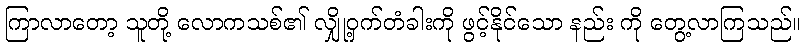
ကြာလာတော့ သူတို့ လောကသစ်၏ လျှို့ဝှက်တံခါးကို ဖွင့်နိုင်သော နည်း ကို တွေ့လာကြသည်။